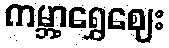
ကမ္ဘာ့ရွှေဈေး